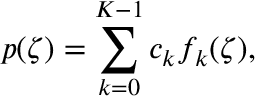
p ( \zeta ) = \sum _ { k = 0 } ^ { K - 1 } c _ { k } f _ { k } ( \zeta ) ,